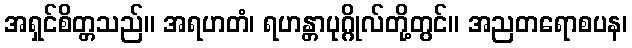
အရှင်စိတ္တသည်။ အရဟတံ၊ ရဟန္တာပုဂ္ဂိုလ်တို့တွင်။ အညတရောစပန၊